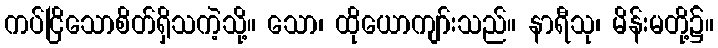
ကပ်ငြိသောစိတ်ရှိသကဲ့သို့။ သော၊ ထိုယောကျာ်းသည်။ နာရီသု၊ မိန်းမတို့၌။